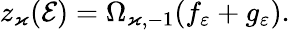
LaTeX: z_{\varkappa}(\mathcal{E})=\Omega_{\varkappa,-1}(f_{\varepsilon}+g_{\varepsilon}).